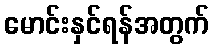
မောင်းနှင်ရန်အတွက်